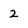
Character: 2